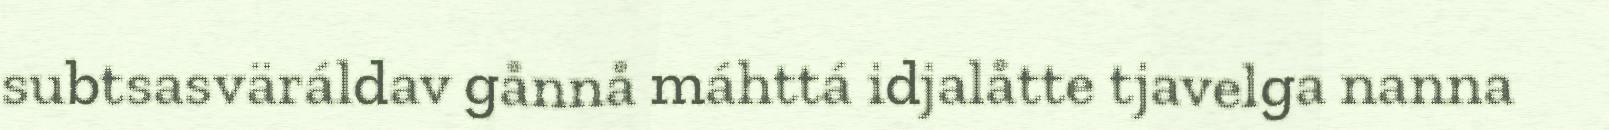
subtsasväráldav gånnå máhttá idjalåtte tjavelga nanna